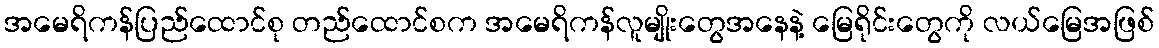
အမေရိကန်ပြည်ထောင်စု တည်ထောင်စက အမေရိကန်လူမျိုးတွေအနေနဲ့ မြေရိုင်းတွေကို လယ်မြေအဖြစ်